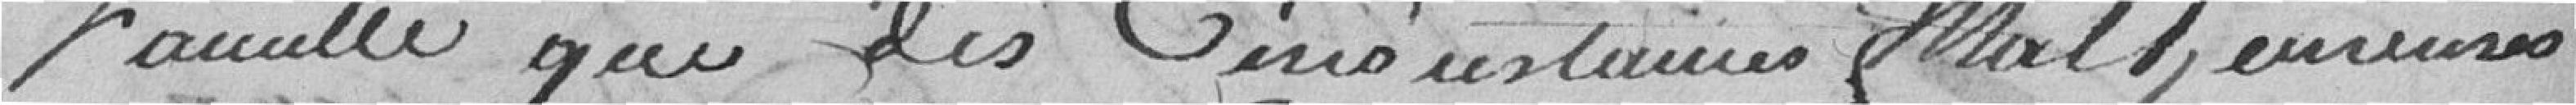
famille que des circonstances malheureuses